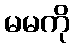
မမကို